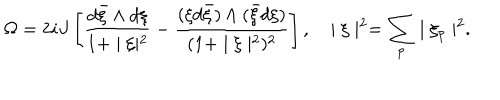
LaTeX: \Omega = 2 i J \left[ \frac { d { \bar { \xi } } \wedge d \xi } { 1 + \mid \xi \mid ^ { 2 } } - \frac { ( \xi d { \bar { \xi } } ) \wedge ( { \bar { \xi } } d \xi ) } { ( 1 + \mid \xi \mid ^ { 2 } ) ^ { 2 } } \right] , \ \ \ \mid \xi \mid ^ { 2 } = \sum _ { p } \mid \xi _ { p } \mid ^ { 2 } .